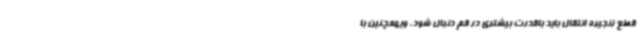
قطع زنجیره انتقال باید باقدرت بیشتری در قم دنبال شود. ویهمچنین با